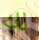
لك